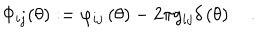
LaTeX: \Phi _ { i j } ( \theta ) : = \varphi _ { i j } \left( \theta \right) - 2 \pi g _ { i j } \delta \left( \theta \right) \quad .